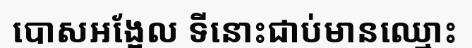
បោសអង្អែល ទីនោះជាប់មានឈ្មោះ